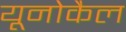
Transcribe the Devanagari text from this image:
यूनोकैल